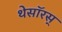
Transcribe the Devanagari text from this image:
थेसॉरस्